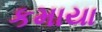
કમાયા